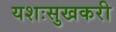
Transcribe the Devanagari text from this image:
यशःसुखकरी